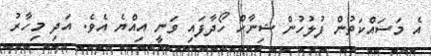
އެ މަސައްކަތުން ފުލުހުން ޝިނާހް ހޯދާފައި ވަނީ އިއްޔެ އެވެ. އަދި މިހާރު